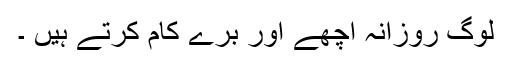
لوگ روزانہ اچھے اور برے کام کرتے ہیں ۔